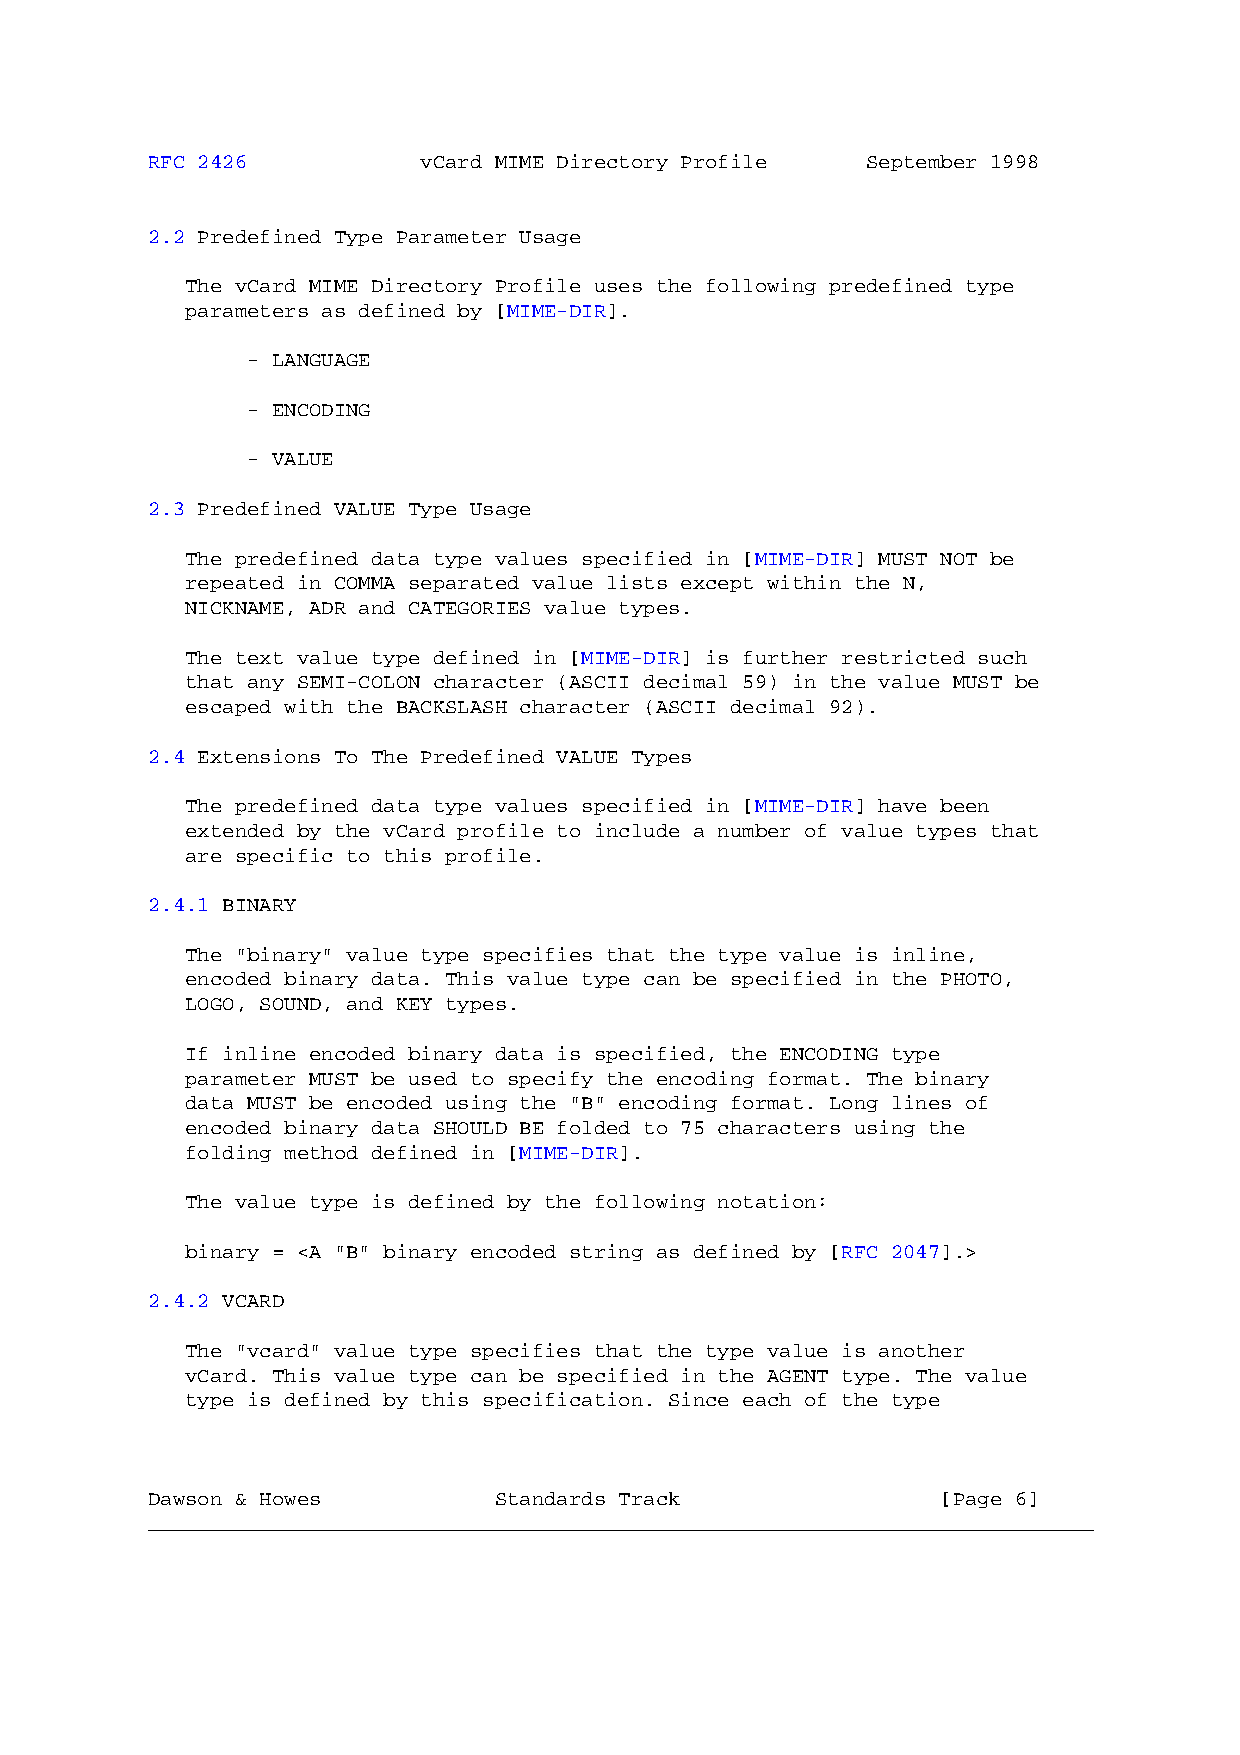
RFC 2426          vCard MIME Directory Profile September 1998
 2.2 Predefined Type Parameter Usage
 The vCard MIME Directory Profile uses the following predefined type
 parameters as defined by [MIME-DIR].
 - LANGUAGE
 - ENCODING
 - VALUE
 2.3 Predefined VALUE Type Usage
 The predefined data type values specified in [MIME-DIR] MUST NOT be
 repeated in COMMA separated value lists except within the N,
 NICKNAME, ADR and CATEGORIES value types.
 The text value type defined in [MIME-DIR] is further restricted such
 that any SEMI-COLON character (ASCII decimal 59) in the value MUST be
 escaped with the BACKSLASH character (ASCII decimal 92).
 2.4 Extensions To The Predefined VALUE Types
 The predefined data type values specified in [MIME-DIR] have been
 extended by the vCard profile to include a number of value types that
 are specific to this profile.
 2.4.1 BINARY
 The "binary" value type specifies that the type value is inline,
 encoded binary data. This value type can be specified in the PHOTO,
 LOGO, SOUND, and KEY types.
 If inline encoded binary data is specified, the ENCODING type
 parameter MUST be used to specify the encoding format. The binary
 data MUST be encoded using the "B" encoding format. Long lines of
 encoded binary data SHOULD BE folded to 75 characters using the
 folding method defined in [MIME-DIR].
 The value type is defined by the following notation:
 binary = <A "B" binary encoded string as defined by [RFC 2047].>
 2.4.2 VCARD
 The "vcard" value type specifies that the type value is another
 vCard. This value type can be specified in the AGENT type. The value
 type is defined by this specification. Since each of the type
 Dawson & Howes         Standards Track              [Page 6]